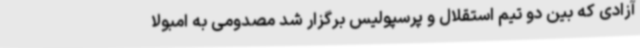
آزادی که بین دو تیم استقلال و پرسپولیس برگزار شد مصدومی به امبولا